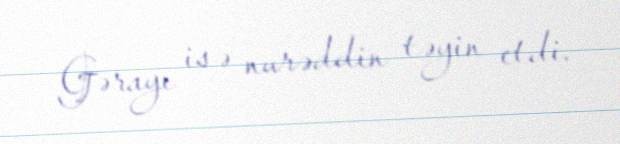
Gərayı isə nurəddin təyin etdi.